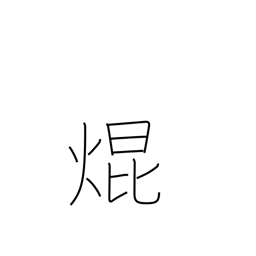
Meaning: shine